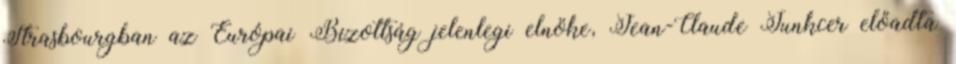
Strasbourgban az Európai Bizottság jelenlegi elnöke, Jean-Claude Junkcer előadta